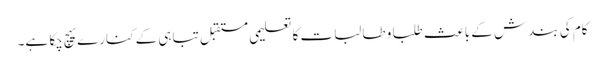
کام کی بندش کے باعث طلبا و طالبات کا تعلیمی مستقبل تباہی کے کنارے پہچ چکا ہے۔